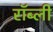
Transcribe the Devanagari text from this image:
रॉब्ली